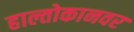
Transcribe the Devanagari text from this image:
हाल्तोकानवर